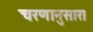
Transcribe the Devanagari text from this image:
चरणानुसार।